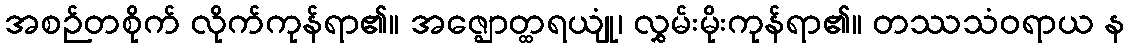
အစဉ်တစိုက် လိုက်ကုန်ရာ၏။ အဇ္ဈောတ္ထရယျုံ၊ လွှမ်းမိုးကုန်ရာ၏။ တဿသံဝရာယ န